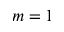
m = 1